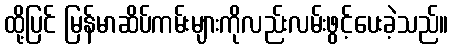
ထို့ပြင် မြန်မာဆိပ်ကမ်းများကိုလည်းလမ်းဖွင့်ပေးခဲ့သည်။